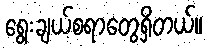
ရွေးချယ်စရာတွေရှိတယ်။